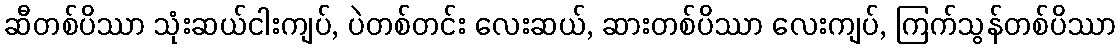
ဆီတစ်ပိဿာ သုံးဆယ်ငါးကျပ်, ပဲတစ်တင်း လေးဆယ်, ဆားတစ်ပိဿာ လေးကျပ်, ကြက်သွန်တစ်ပိဿာ